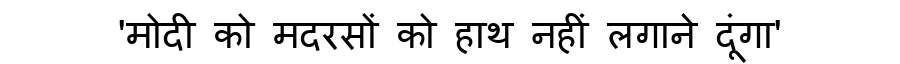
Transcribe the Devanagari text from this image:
'मोदी को मदरसों को हाथ नहीं लगाने दूंगा'